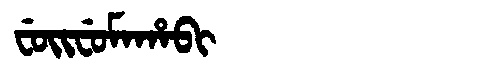
Manchu: ᠸᡠᡳᠸᡠᠮᠠᡥᠠᠪᡳ
Romanization: FUIFUMAHABI